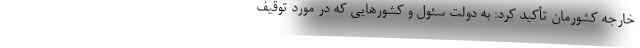
خارجه کشورمان تأکید کرد: به دولت سئول و کشورهایی که در مورد توقیف